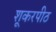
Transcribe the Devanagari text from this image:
शूकरपीठ